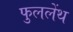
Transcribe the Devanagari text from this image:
फुललेंथ